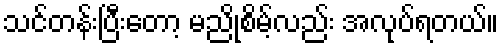
သင်တန်းပြီးတော့ မညိုစိမ့်လည်း အလုပ်ရတယ်။